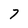
Character: 7